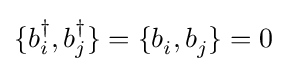
\{b_{i}^{\dagger },b_{j}^{\dagger }\}=\{b_{i}^{\,},b_{j}^{\,}\}=0